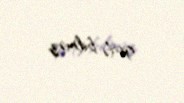
gedə bilməz.